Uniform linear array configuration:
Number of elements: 64
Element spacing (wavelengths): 0.75
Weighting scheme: hamming
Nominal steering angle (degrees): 15
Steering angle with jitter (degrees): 13.241
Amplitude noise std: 0.05
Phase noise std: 0.05

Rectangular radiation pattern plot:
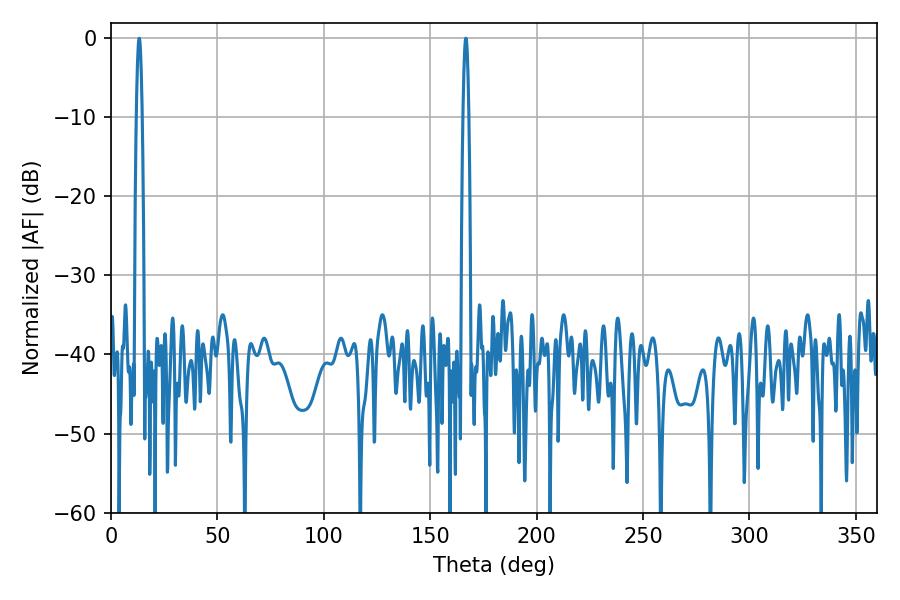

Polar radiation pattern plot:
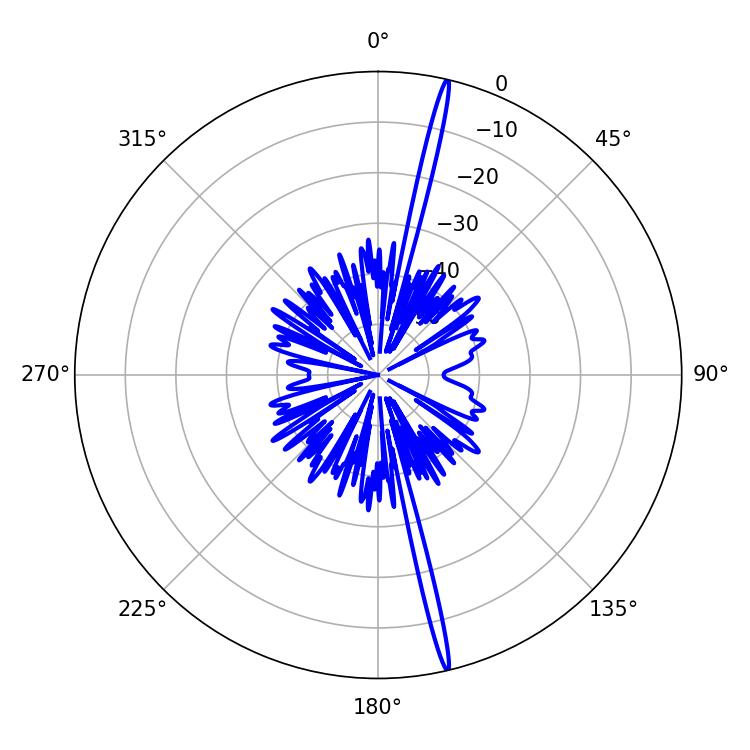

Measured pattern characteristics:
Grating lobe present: TRUE
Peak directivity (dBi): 21.701
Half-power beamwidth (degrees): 1.44
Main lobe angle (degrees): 166.68